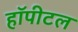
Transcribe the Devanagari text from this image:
हॉपीटल